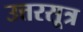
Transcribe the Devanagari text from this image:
उत्तरसूत्र